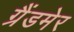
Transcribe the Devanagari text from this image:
ग्रैंडमेर